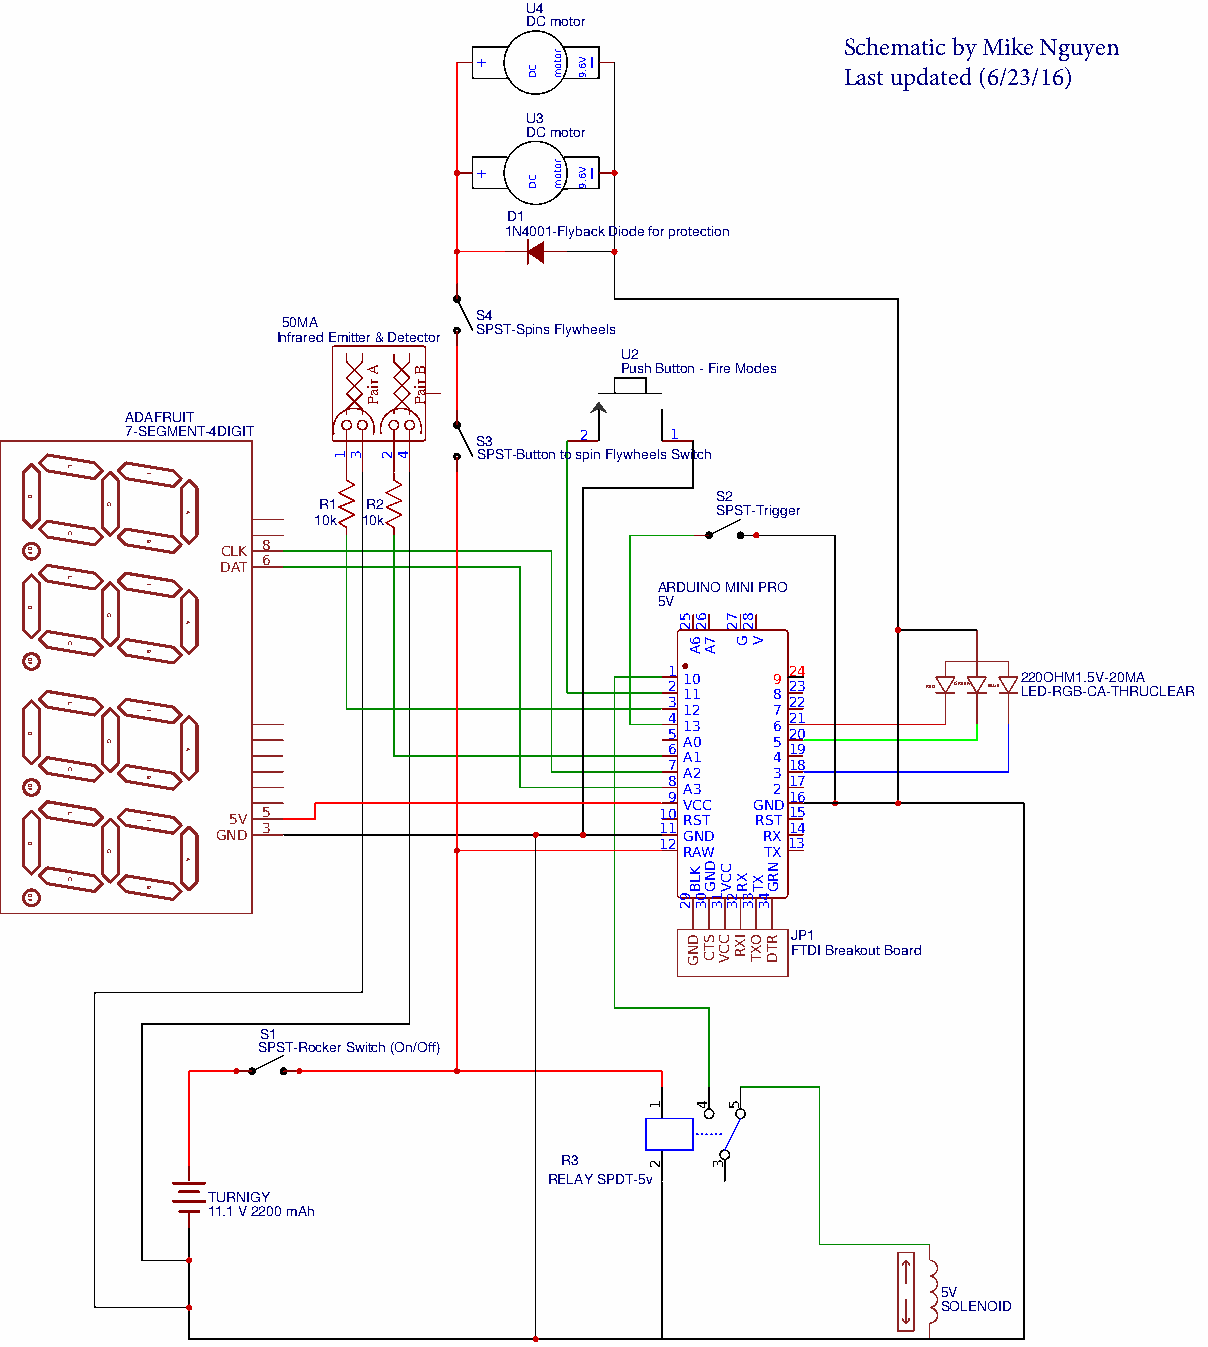
U4
 DC motor
 Schematic by Mike Nguyen
 +       l                Last updated (6/23/16)
 U3
 DC motor
 +       l
 D1
 1N4001-Flyback Diode for protection
 S4
 50MA
 SPST-Spins Flywheels
 Infrared Emitter & Detector
 U2
 Push Button - Fire Modes
 ADAFRUIT
 7-SEGMENT-4DIGIT              2     1
 S3
 SPST-Button to spin Flywheels Switch
 S2 R1 R2 SPST-Trigger 10k 10k
 8
 CLK
 6
 DAT
 ARDUINO MINI PRO
 5V
 1       24
 10    9                220OHM1.5V-20MA
 2 11   8 23      RED GREEN BLUE LED-RGB-CA-THRUCLEAR
 3       22 12 7 4 21
 13    6
 5       20 A0 5 6 19 A1 4
 7       18
 A2    3
 8       17
 A3    2
 9       16
 VCC  GND
 5V 5                         10 RST RST 15 3 11 14
 GND                            GND  RX
 12      13 RAW TX
 JP1
 FTDI Breakout Board
 S1
 SPST-Rocker Switch (On/Off)
 R3
 RELAY SPDT-5v
 TURNIGY
 11.1 V 2200 mAh
 5V
 SOLENOID
 D
 DP
 D
 DP
 D
 DP
 D
 DP
 E
 C
 E
 C
 E
 C
 E
 C
 G
 G
 G
 G
 F
 B
 F
 B
 F
 B
 F
 B
 A
 A
 A
 A
 1 3
 A
 riaP
 2 4
 B
 riaP
 CD
 CD
 rotom
 rotom
 V6.9
 V6.9
 1
 2
 52
 92
 6A
 KLB
 DNG
 62
 03
 4
 7A
 DNG
 STC
 13
 3
 CCV
 CCV
 72
 23
 5
 G
 XR
 IXR
 82
 33
 V
 XT
 OXT
 43
 NRG
 RTD